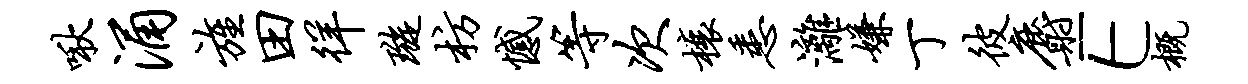
啾涌旌田徉璇枋憾等次榱悉漓嫌丁彼麝E概